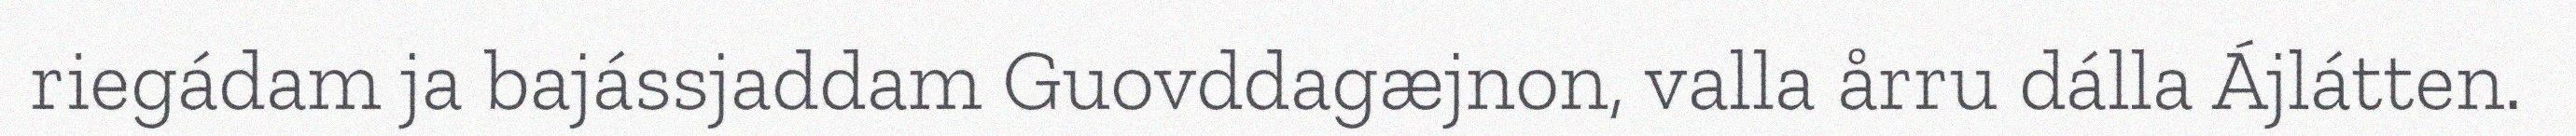
riegádam ja bajássjaddam Guovddagæjnon, valla årru dálla Ájlátten.